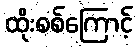
ထိုးစစ်ကြောင့်